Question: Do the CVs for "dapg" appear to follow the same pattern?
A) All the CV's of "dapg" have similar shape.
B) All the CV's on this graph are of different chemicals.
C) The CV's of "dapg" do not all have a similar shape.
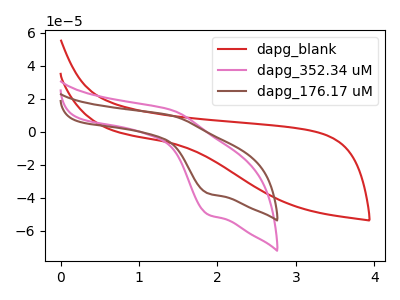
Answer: <think>The red curve "dapg_blank" has no peaks. The pink curve "dapg_352.34 uM" has an anodic peak at (1.40V, 13.25uA) and a cathodic peak at (1.90V, -50.05uA). The brown curve "dapg_176.17 uM" has an anodic peak at (1.40V, 9.90uA) and a cathodic peak at (1.90V, -37.30uA).
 "dapg_blank" and "dapg_352.34 uM" have a different number of peaks. "dapg_blank" and "dapg_176.17 uM" have a different number of peaks. All the peaks in "dapg_352.34 uM" have a peak in "dapg_176.17 uM" at the same potential. Every peak in "dapg_352.34 uM" is higher than every peak in "dapg_176.17 uM".</think>
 <answer>A) All the CV's of "dapg" have similar shape.</answer>
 <eval>A</eval>